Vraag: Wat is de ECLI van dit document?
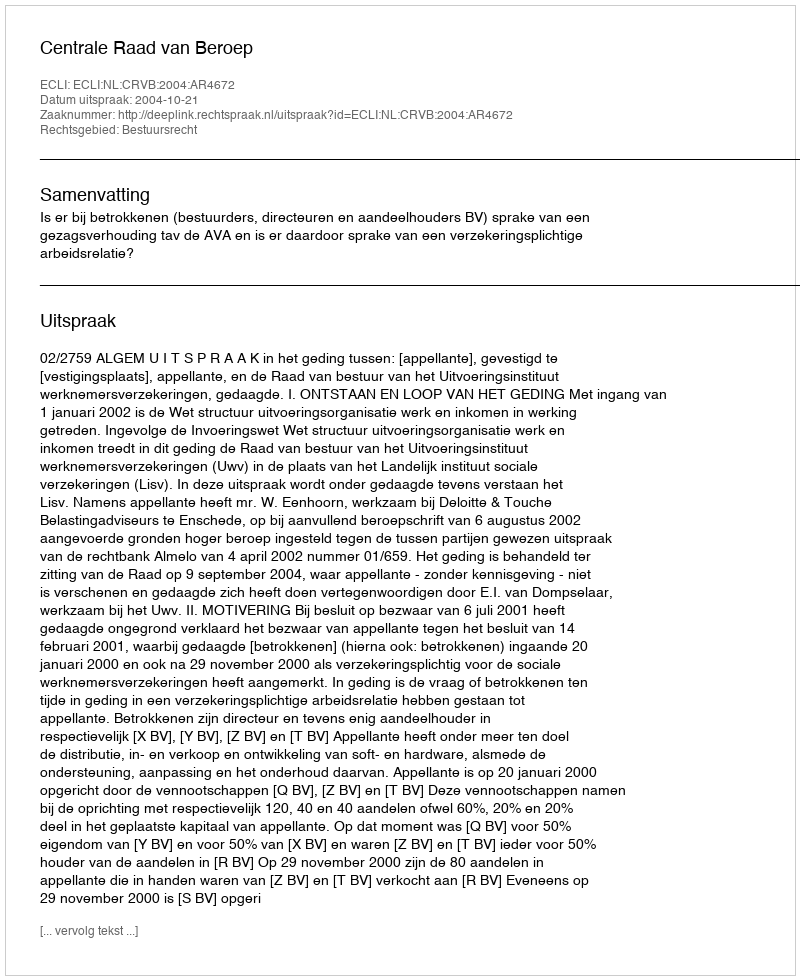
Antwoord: ECLI:NL:CRVB:2004:AR4672